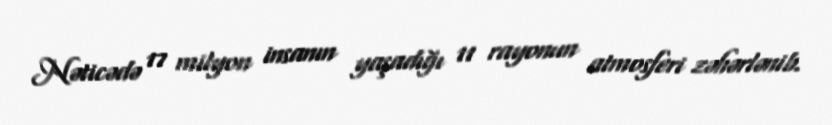
Nəticədə 17 milyon insanın yaşadığı 11 rayonun atmosferi zəhərlənib.